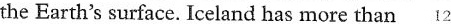
the Earth's surface. Iceland has more than 12